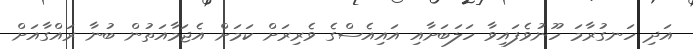
އަދި ހަނގުރާމަ ހޫނުވެފައިވާ ހަލަބަށާއި އައިއެސްގެ ވެރިރަށް ކަމަށް އެޖަމާއަތުން ބުނާ ރައްގާއަށް